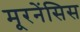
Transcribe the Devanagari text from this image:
मूरनेंसिस